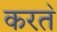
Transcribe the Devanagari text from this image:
करत॓